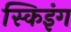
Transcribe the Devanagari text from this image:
स्किइंग